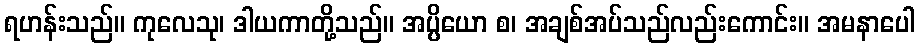
ရဟန်းသည်။ ကုလေသု၊ ဒါယကာတို့သည်။ အပ္ပိယော စ၊ အချစ်အပ်သည်လည်းကောင်း။ အမနာပေါ